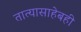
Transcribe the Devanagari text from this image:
तात्यासाहेबही